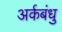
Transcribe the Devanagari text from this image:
अर्कबंधु